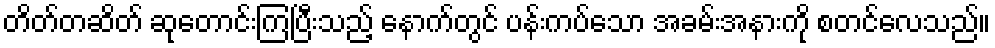
တိတ်တဆိတ် ဆုတောင်းကြပြီးသည့် နောက်တွင် ပန်းကပ်သော အခမ်းအနားကို စတင်လေသည်။